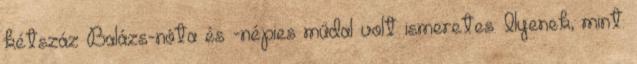
kétszáz Balázs-nóta és -népies műdal volt ismeretes. Ilyenek, mint: